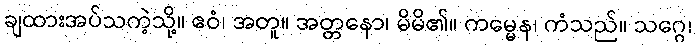
ချထားအပ်သကဲ့သို့။ ဧဝံ၊ အတူ။ အတ္တနော၊ မိမိ၏။ ကမ္မေန၊ ကံသည်။ သဂ္ဂေ၊